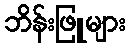
ဘိန်းဖြူများ